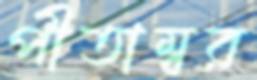
পীতাম্বর